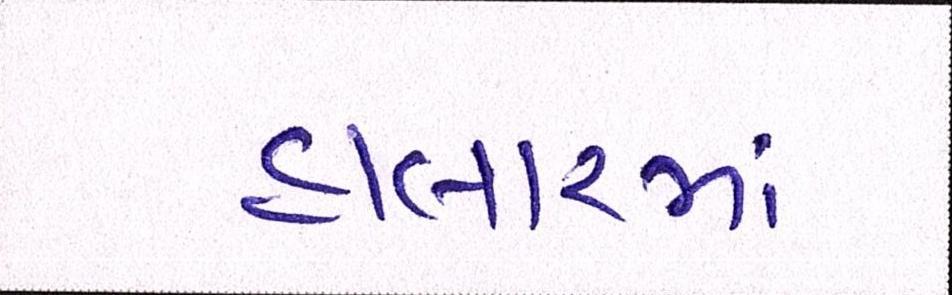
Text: હાલારમાં